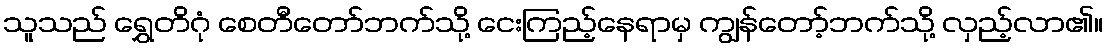
သူသည် ရွှေတိဂုံ စေတီတော်ဘက်သို့ ငေးကြည့်နေရာမှ ကျွန်တော့်ဘက်သို့ လှည့်လာ၏။